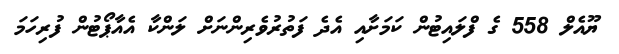
ޔޫއެލް 558 ގެ ފްލައިޓުން ކަމަށާއި އެދެ ފަތުރުވެރިންނަށް ލަންކާ އެއާޕޯޓުން ފުރިހަމަ